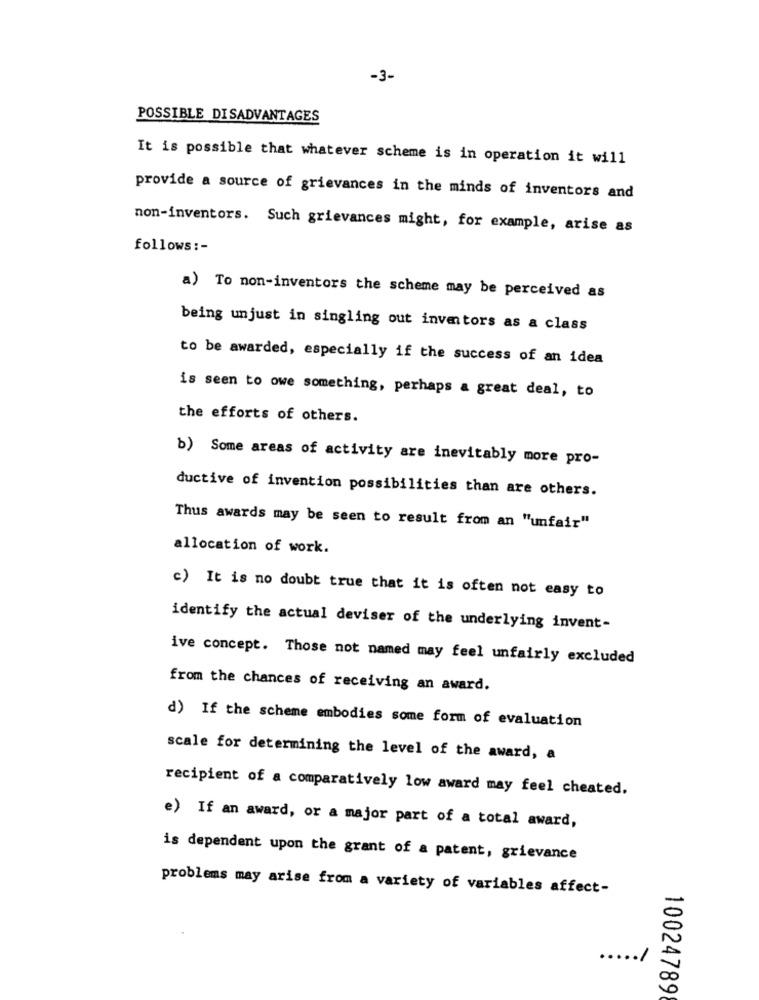
-3-
POSSIBLE DISADVANTAGES
It is possible that whatever scheme is in operation it will
provide a source of grievances in the minds of inventors and
non-inventors. Such grievances might, for example, arise as
follows :-
a) To non-inventors the scheme may be perceived as
being unjust in singling out inventors as a class
to be awarded, especially if the success of an idea
is seen to owe something, perhaps a great deal, to
the efforts of others.
b) Some areas of activity are inevitably more pro-
ductive of invention possibilities than are others.
Thus awards may be seen to result from an "unfair"
allocation of work.
c) It is no doubt true that it is often not easy to
identify the actual deviser of the underlying invent-
ive concept. Those not named may feel unfairly excluded
from the chances of receiving an award.
d) If the scheme embodies some form of evaluation
scale for determining the level of the award, a
recipient of a comparatively low award may feel cheated.
e) If an award, or a major part of a total award,
is dependent upon the grant of a patent, grievance
problems may arise from a variety of variables affect-
.. 1
10024789